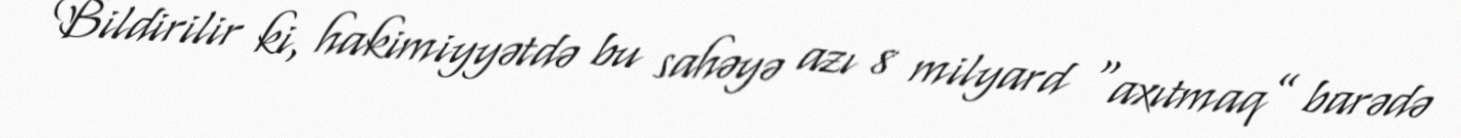
Bildirilir ki, hakimiyyətdə bu sahəyə azı 8 milyard “axıtmaq” barədə